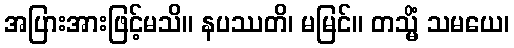
အပြားအားဖြင့်မသိ။ နပဿတိ၊ မမြင်။ တသ္မိံ သမယေ၊